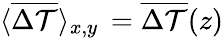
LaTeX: \langle\overline{{\Delta\mathcal{T}}}\rangle_{x,y}\, =\overline{{\Delta\mathcal{T}}}(z)